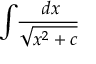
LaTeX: \int \! { \frac { \ d x } { \sqrt { x ^ { 2 } + c } } }